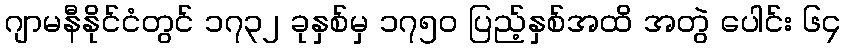
ဂျာမနီနိုင်ငံတွင် ၁၇၃၂ ခုနှစ်မှ ၁၇၅၀ ပြည့်နှစ်အထိ အတွဲ ပေါင်း ၆၄